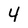
Character: 4